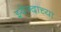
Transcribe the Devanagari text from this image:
झ्वेज्दाच्या